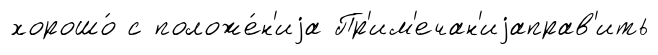
хорошо́ с положе́н'иjа Пр'им'ечан'иjаправ'ить